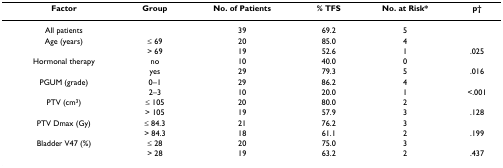
<table><thead><tr><td><b>Factor</b></td><td><b>Group</b></td><td><b>No. of Patients</b></td><td><b>% TFS</b></td><td><b>No. at Risk*</b></td><td><b>p†</b></td></tr></thead><tbody><tr><td>All patients</td><td></td><td>39</td><td>69.2</td><td>5</td><td></td></tr><tr><td>Age (years)</td><td>≤ 69</td><td>20</td><td>85.0</td><td>4</td><td></td></tr><tr><td></td><td>&gt; 69</td><td>19</td><td>52.6</td><td>1</td><td>.025</td></tr><tr><td>Hormonal therapy</td><td>no</td><td>10</td><td>40.0</td><td>0</td><td></td></tr><tr><td></td><td>yes</td><td>29</td><td>79.3</td><td>5</td><td>.016</td></tr><tr><td>PGUM (grade)</td><td>0–1</td><td>29</td><td>86.2</td><td>4</td><td></td></tr><tr><td></td><td>2–3</td><td>10</td><td>20.0</td><td>1</td><td>&lt;.001</td></tr><tr><td>PTV (cm<sup>3</sup>)</td><td>≤ 105</td><td>20</td><td>80.0</td><td>2</td><td></td></tr><tr><td></td><td>&gt; 105</td><td>19</td><td>57.9</td><td>3</td><td>.128</td></tr><tr><td>PTV Dmax (Gy)</td><td>≤ 84.3</td><td>21</td><td>76.2</td><td>3</td><td></td></tr><tr><td></td><td>&gt; 84.3</td><td>18</td><td>61.1</td><td>2</td><td>.199</td></tr><tr><td>Bladder V47 (%)</td><td>≤ 28</td><td>20</td><td>75.0</td><td>3</td><td></td></tr><tr><td></td><td>&gt; 28</td><td>19</td><td>63.2</td><td>2</td><td>.437</td></tr></tbody></table>